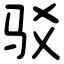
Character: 驳